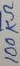
Text: 100KΩ